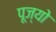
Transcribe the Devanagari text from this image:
पूज्‍यो